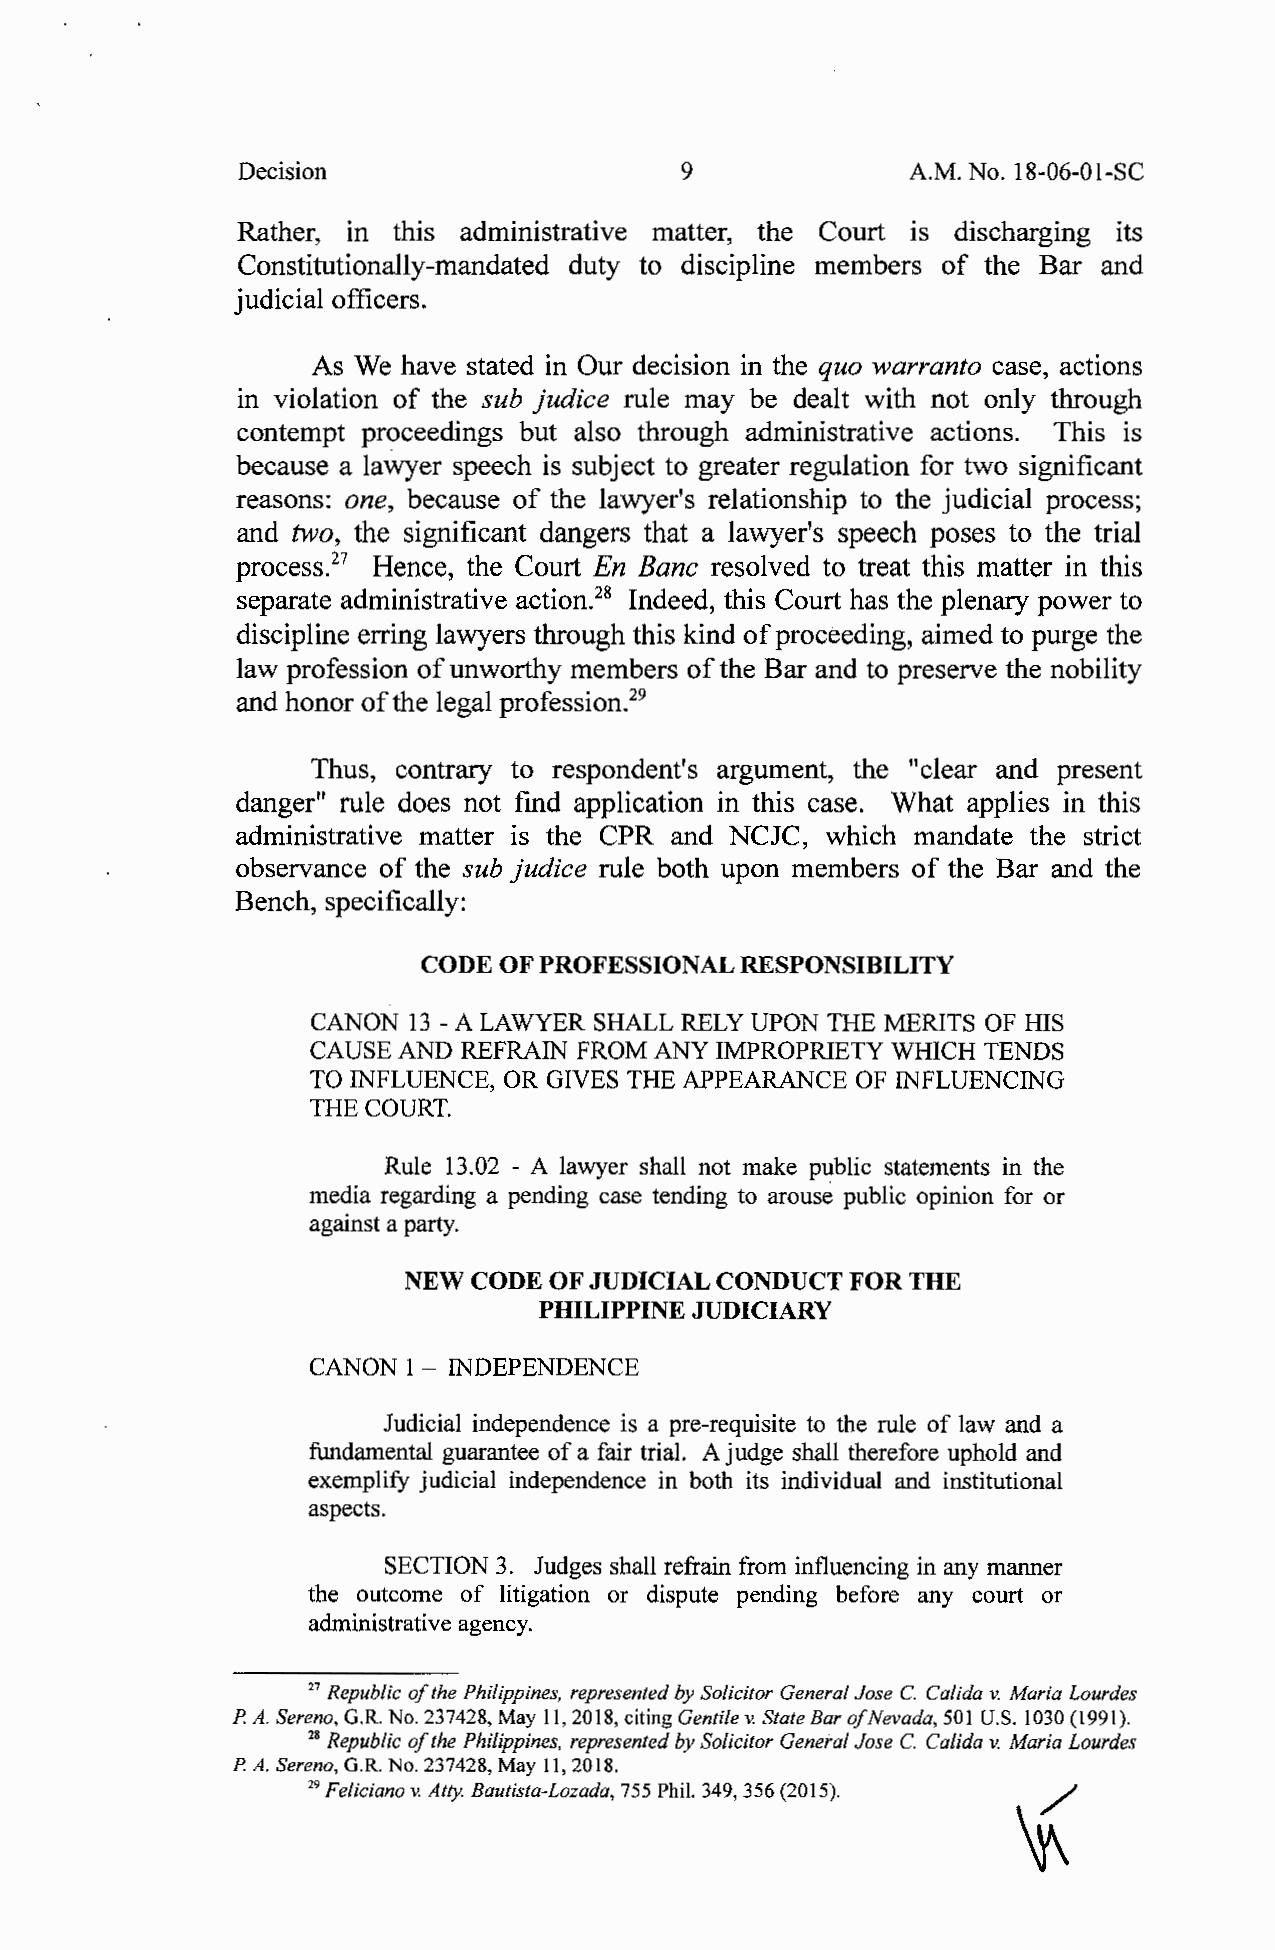
Decision                     9              A.M. No. 18-06-01-SC
 Rather, in this administrative matter, the Court is discharging its
 Constitutionally-mandated duty to discipline members of the Bar and
 judicial officers.
 As We have stated in Our decision in the quo warranto case, actions
 in violation of the sub Judice rule may be dealt with not only through
 contempt proceedings but also through administrative actions. This is
 because a lawyer speech is subject to greater regulation for two significant
 reasons: one, because of the lawyer's relationship to the judicial process;
 and two, the significant dangers that a lawyer's speech poses to the trial
 process.27 Hence, the Court En Banc resolved to treat this matter in this
 separate administrative action. 28 Indeed, this Court has the plenary power to
 discipline erring lawyers through this kind of proceeding, aimed to purge the
 law profession of unworthy members of the Bar and to preserve the nobility
 and honor of the legal profession.29
 Thus, contrary to respondent's argument, the "clear and present
 danger" rule does not find application in this case. What applies in this
 administrative matter is the CPR and NCJC, which mandate the strict
 observance of the sub Judice rule both upon members of the Bar and the
 Bench, specifically:
 CODE OF PROFESSIONAL RESPONSIBILITY
 CANON  13 - A LAWYER SHALL RELY UPON THE MERITS OF HIS
 CAUSE AND REFRAIN FROM ANY IMPROPRIETY WHICH TENDS
 TO INFLUENCE, OR GIVES THE APPEARANCE OF INFLUENCING
 THE COURT.
 Rule 13.02 - A lawyer shall not make public statements in the
 media regarding a pending case tending to arouse public opinion for or
 against a party.
 NEW CODE OF JUDICIAL CONDUCT FOR THE
 PHILIPPINE JUDICIARY
 CANON  1 - INDEPENDENCE
 Judicial independence is a pre-requisite to the rule of law and a
 fundamental guarantee of a fair trial. A judge shall therefore uphold and
 exemplify judicial independence in both its individual and institutional
 aspects.
 SECTION 3. Judges shall refrain from influencing in any manner
 the outcome of litigation or dispute pending before any court or
 administrative agency.
 27 Republic of the Philippines, represented by Solicitor General Jose C. Calida v. Maria Lourdes
 P.A. Sereno, G.R. No. 237428, May 11, 2018, citing Gentile v. State Bar ofN evada, 501 U.S. 1030 (1991).
 28 Republic of the Philippines, represented by Solicitor General Jose C. Calida v. Maria Lourdes
 P.A. Sereno, G.R. No. 237428, May 11, 2018.
 29 Feliciano v. Atty. Bautista-Lozada, 755 Phil. 349, 356 (2015). '(